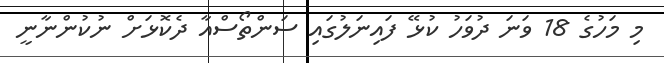
މި މަހުގެ 18 ވަނަ ދުވަހު ކުޅޭ ފައިނަލުގައި ސަންތޯސްއާ ދެކޮޅަށް ނުކުންނާނީ